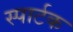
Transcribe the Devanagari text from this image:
स्पार्टक